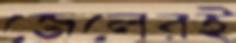
জেলেরই